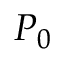
P _ { 0 }